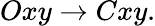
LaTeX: Oxy\rightarrow Cxy.